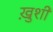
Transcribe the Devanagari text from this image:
खु़शी